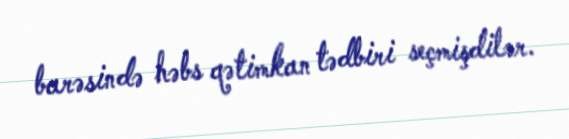
barəsində həbs qətimkan tədbiri seçmişdilər.